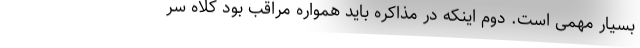
بسیار مهمی است. دوم اینکه در مذاکره باید همواره مراقب بود کلاه سر